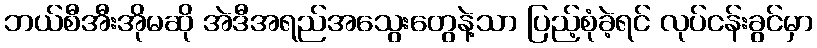
ဘယ်စီအီးအိုမဆို အဲဒီအရည်အသွေးတွေနဲ့သာ ပြည့်စုံခဲ့ရင် လုပ်ငန်းခွင်မှာ